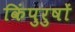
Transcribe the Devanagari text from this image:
किंपुरुषों